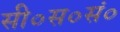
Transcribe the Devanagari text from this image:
सी०स०सं०